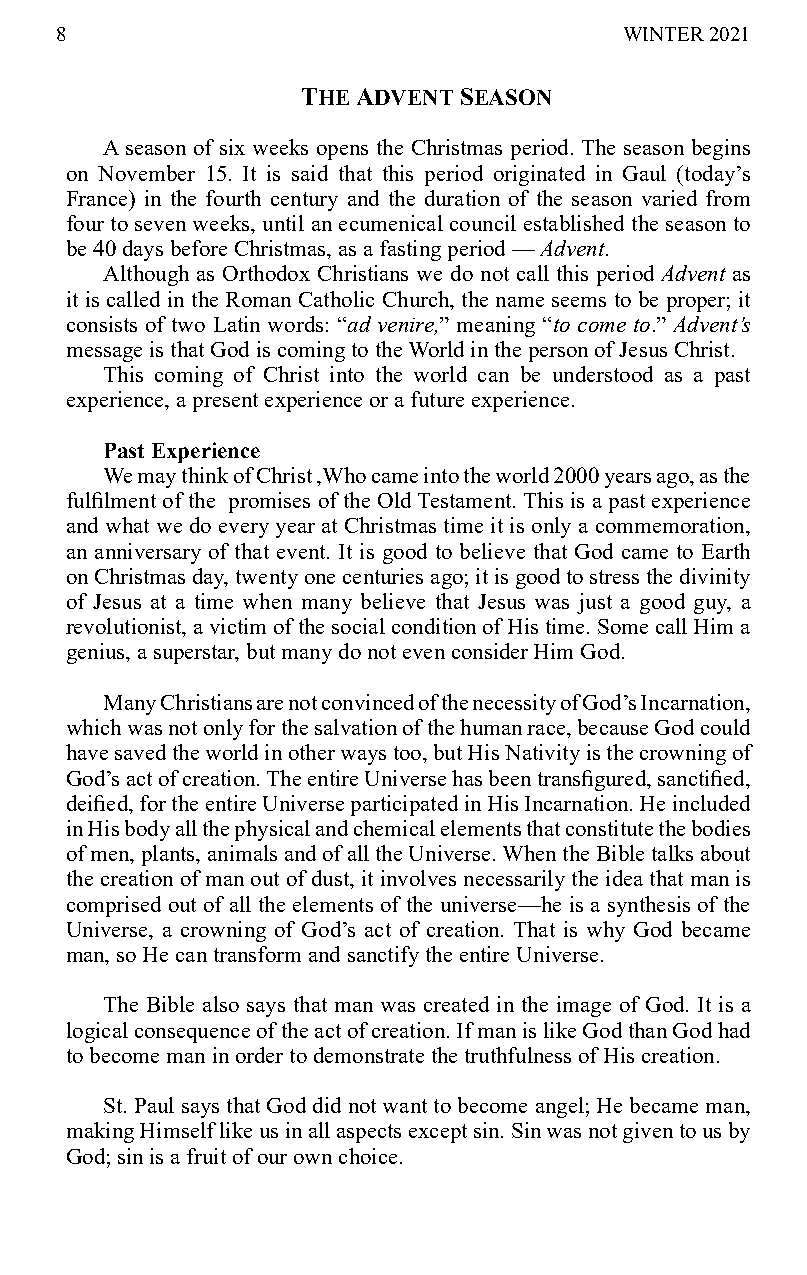
8                                    WINTER 2021
 THE ADVENT SEASON
 A season of six weeks opens the Christmas period. The season begins
 on November 15. It is said that this period originated in Gaul (today’s
 France) in the fourth century and the duration of the season varied from
 four to seven weeks, until an ecumenical council established the season to
 be 40 days before Christmas, as a fasting period — Advent.
 Although as Orthodox Christians we do not call this period Advent as
 it is called in the Roman Catholic Church, the name seems to be proper; it
 consists of two Latin words: “ad venire,” meaning “to come to.” Advent’s
 message is that God is coming to the World in the person of Jesus Christ.
 This coming of Christ into the world can be understood as a past
 experience, a present experience or a future experience.
 Past Experience
 We may think of Christ ,Who came into the world 2000 years ago, as the
 fulfilment of the promises of the Old Testament. This is a past experience
 and what we do every year at Christmas time it is only a commemoration,
 an anniversary of that event. It is good to believe that God came to Earth
 on Christmas day, twenty one centuries ago; it is good to stress the divinity
 of Jesus at a time when many believe that Jesus was just a good guy, a
 revolutionist, a victim of the social condition of His time. Some call Him a
 genius, a superstar, but many do not even consider Him God.
 Many Christians are not convinced of the necessity of God’s Incarnation,
 which was not only for the salvation of the human race, because God could
 have saved the world in other ways too, but His Nativity is the crowning of
 God’s act of creation. The entire Universe has been transfigured, sanctified,
 deified, for the entire Universe participated in His Incarnation. He included
 in His body all the physical and chemical elements that constitute the bodies
 of men, plants, animals and of all the Universe. When the Bible talks about
 the creation of man out of dust, it involves necessarily the idea that man is
 comprised out of all the elements of the universe—he is a synthesis of the
 Universe, a crowning of God’s act of creation. That is why God became
 man, so He can transform and sanctify the entire Universe.
 The Bible also says that man was created in the image of God. It is a
 logical consequence of the act of creation. If man is like God than God had
 to become man in order to demonstrate the truthfulness of His creation.
 St. Paul says that God did not want to become angel; He became man,
 making Himself like us in all aspects except sin. Sin was not given to us by
 God; sin is a fruit of our own choice.